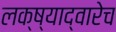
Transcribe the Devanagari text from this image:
लक्ष्याद्वारेच